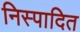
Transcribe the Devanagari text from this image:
निस्पादित